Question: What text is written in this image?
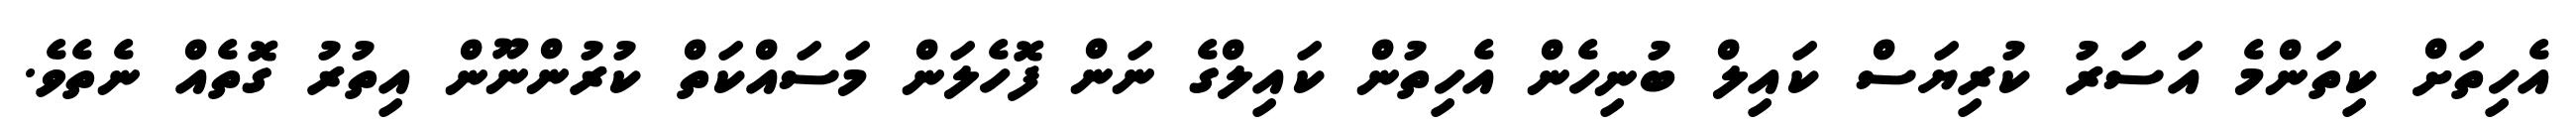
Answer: އެހިތަށް ކިތަންމެ އަސަރު ކުރިޔަސް ކައިލް ބުނިހެން އެހިތުން ކައިލްގެ ނަން ފޮހެލަން މަސައްކަތް ކުރުންނޫން އިތުރު ގޮތެއް ނެތެވެ.